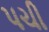
પચી